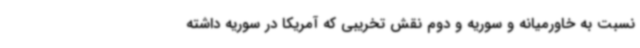
نسبت به خاورمیانه و سوریه و دوم نقش تخریبی که آمریکا در سوریه داشته